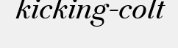
kicking-colt